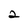
Character: 2